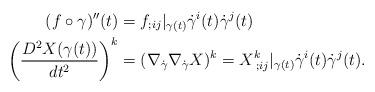
LaTeX: \begin{align*}(f\circ \gamma)''(t)&= f_{; ij}|_{\gamma(t)} \dot \gamma^i(t) \dot \gamma^j(t)\\\left(\frac{D^2 X(\gamma(t))}{dt^2}\right)^k &= (\nabla_{\dot \gamma}\nabla_{\dot\gamma} X)^k = X^k_{\; ; ij}|_{\gamma(t)} \dot\gamma^i(t) \dot \gamma^j(t). \end{align*}